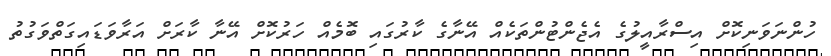
ހުންނަވަނިކޮށް އިސްރާއީލުގެ އެޖެންޓުންތަކެއް އޭނާގެ ކާރުގައި ބޮމެއް ހަރުކޮށް އޭނާ ކާރަށް އަރާވަޑައިގަތްވަގުތު